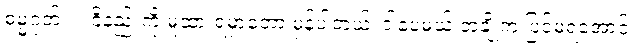
ဓမ္မဂုတ်။ ။ ဝိနည်းကို မူထားရမှာတော့ မှန်ပါတယ်၊ ဒါပေမယ့် တချို့က ပြင်မရအောင်